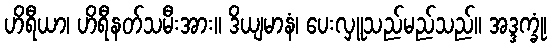
ဟိရီယာ၊ ဟိရီနတ်သမီးအား။ ဒိယျမာနံ၊ ပေးလှူသည်မည်သည်။ အဒ္ဒက္ခုံ၊